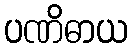
ပဏိဓာယ